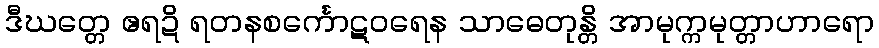
ဒီဃတ္တေ ဧရဍိ ရတနစင်္ကောဋဝရေန သာဓေတုန္တိ အာမုက္ကမုတ္တာဟာရော